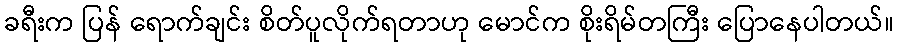
ခရီးက ပြန် ရောက်ချင်း စိတ်ပူလိုက်ရတာဟု မောင်က စိုးရိမ်တကြီး ပြောနေပါတယ်။